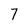
Character: 7